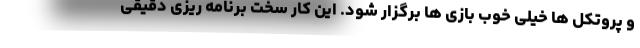
و پروتکل ها خیلی خوب بازی ها برگزار شود. این کار سخت برنامه ریزی دقیقی